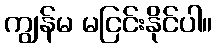
ကျွန်မ မငြင်းနိုင်ပါ။